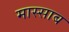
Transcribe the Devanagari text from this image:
मास्साब